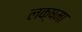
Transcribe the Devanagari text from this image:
लक्षमा